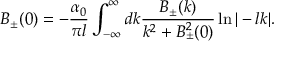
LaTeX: B _ { \pm } ( 0 ) = - \frac { \alpha _ { 0 } } { \pi l } \int _ { - \infty } ^ { \infty } d k \frac { B _ { \pm } ( k ) } { k ^ { 2 } + B _ { \pm } ^ { 2 } ( 0 ) } \ln | - l k | .